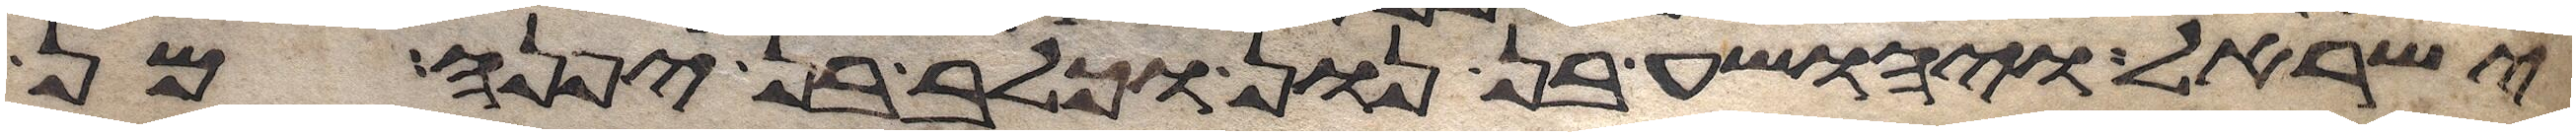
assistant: ישראל ויהושע בן נון וכלב בן יפנה מן